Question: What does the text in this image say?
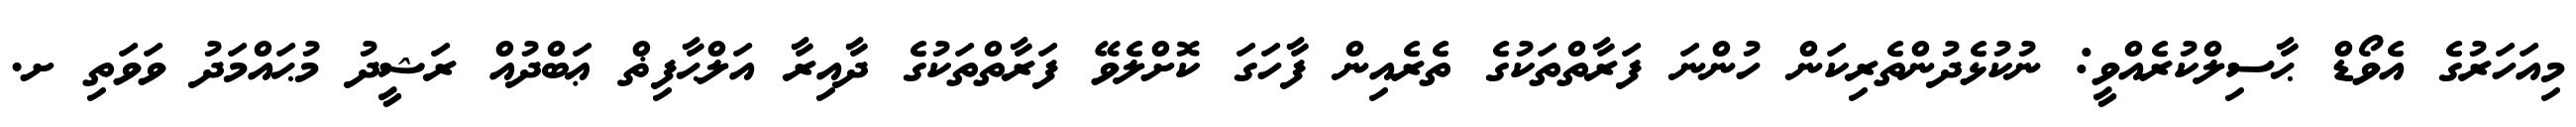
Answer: މިއަހަރުގެ އެވޯޑް ޙާސިލްކުރެއްވީ: ނުކުޅެދުންތެރިކަން ހުންނަ ފަރާތްތަކުގެ ތެރެއިން ފާހަގަ ކޮށްލެވޭ ފަރާތްތަކުގެ ދާއިރާ އަލްޙާފިޡް ޢަބްދުއް ރަޝީދު މުޙައްމަދު ވަވަތި ށ.